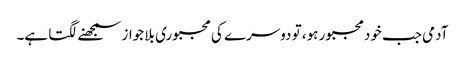
آدمی جب خودمجبور ہو، تو دوسرے کی مجبوری بلا جواز سمجھنے لگتا ہے۔